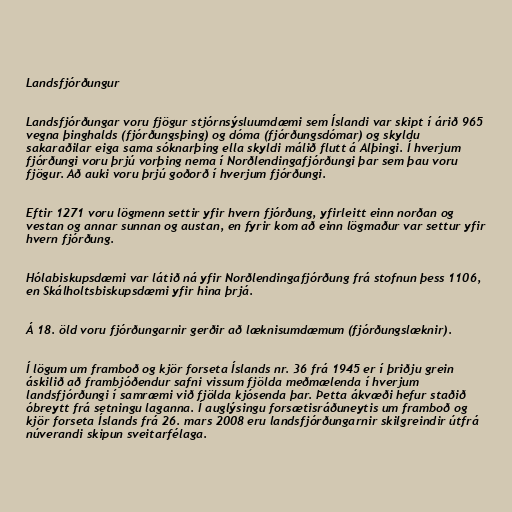
Landsfjórðungur

Landsfjórðungar voru fjögur stjórnsýsluumdæmi sem Íslandi var skipt í árið 965
vegna þinghalds (fjórðungsþing) og dóma (fjórðungsdómar) og skyldu
sakaraðilar eiga sama sóknarþing ella skyldi málið flutt á Alþingi. Í hverjum
fjórðungi voru þrjú vorþing nema í Norðlendingafjórðungi þar sem þau voru
fjögur. Að auki voru þrjú goðorð í hverjum fjórðungi.

Eftir 1271 voru lögmenn settir yfir hvern fjórðung, yfirleitt einn norðan og
vestan og annar sunnan og austan, en fyrir kom að einn lögmaður var settur yfir
hvern fjórðung.

Hólabiskupsdæmi var látið ná yfir Norðlendingafjórðung frá stofnun þess 1106,
en Skálholtsbiskupsdæmi yfir hina þrjá.

Á 18. öld voru fjórðungarnir gerðir að læknisumdæmum (fjórðungslæknir).

Í lögum um framboð og kjör forseta Íslands nr. 36 frá 1945 er í þriðju grein
áskilið að frambjóðendur safni vissum fjölda meðmælenda í hverjum
landsfjórðungi í samræmi við fjölda kjósenda þar. Þetta ákvæði hefur staðið
óbreytt frá setningu laganna. Í auglýsingu forsætisráðuneytis um framboð og
kjör forseta Íslands frá 26. mars 2008 eru landsfjórðungarnir skilgreindir útfrá
núverandi skipun sveitarfélaga.